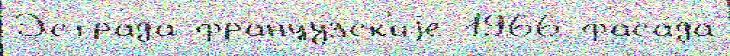
Эстра́да францу́зск'иjе 1966 фаса́да